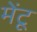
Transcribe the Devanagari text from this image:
मेंटू